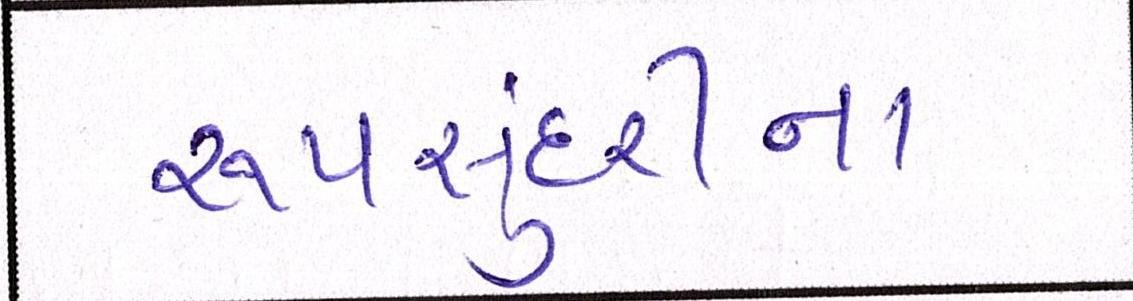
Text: રૂપસુંદરીના